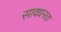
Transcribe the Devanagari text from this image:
सावधनता